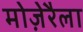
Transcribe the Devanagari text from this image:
मोज़ेरैला